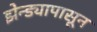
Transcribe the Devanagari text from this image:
झेन्ड्यापासून